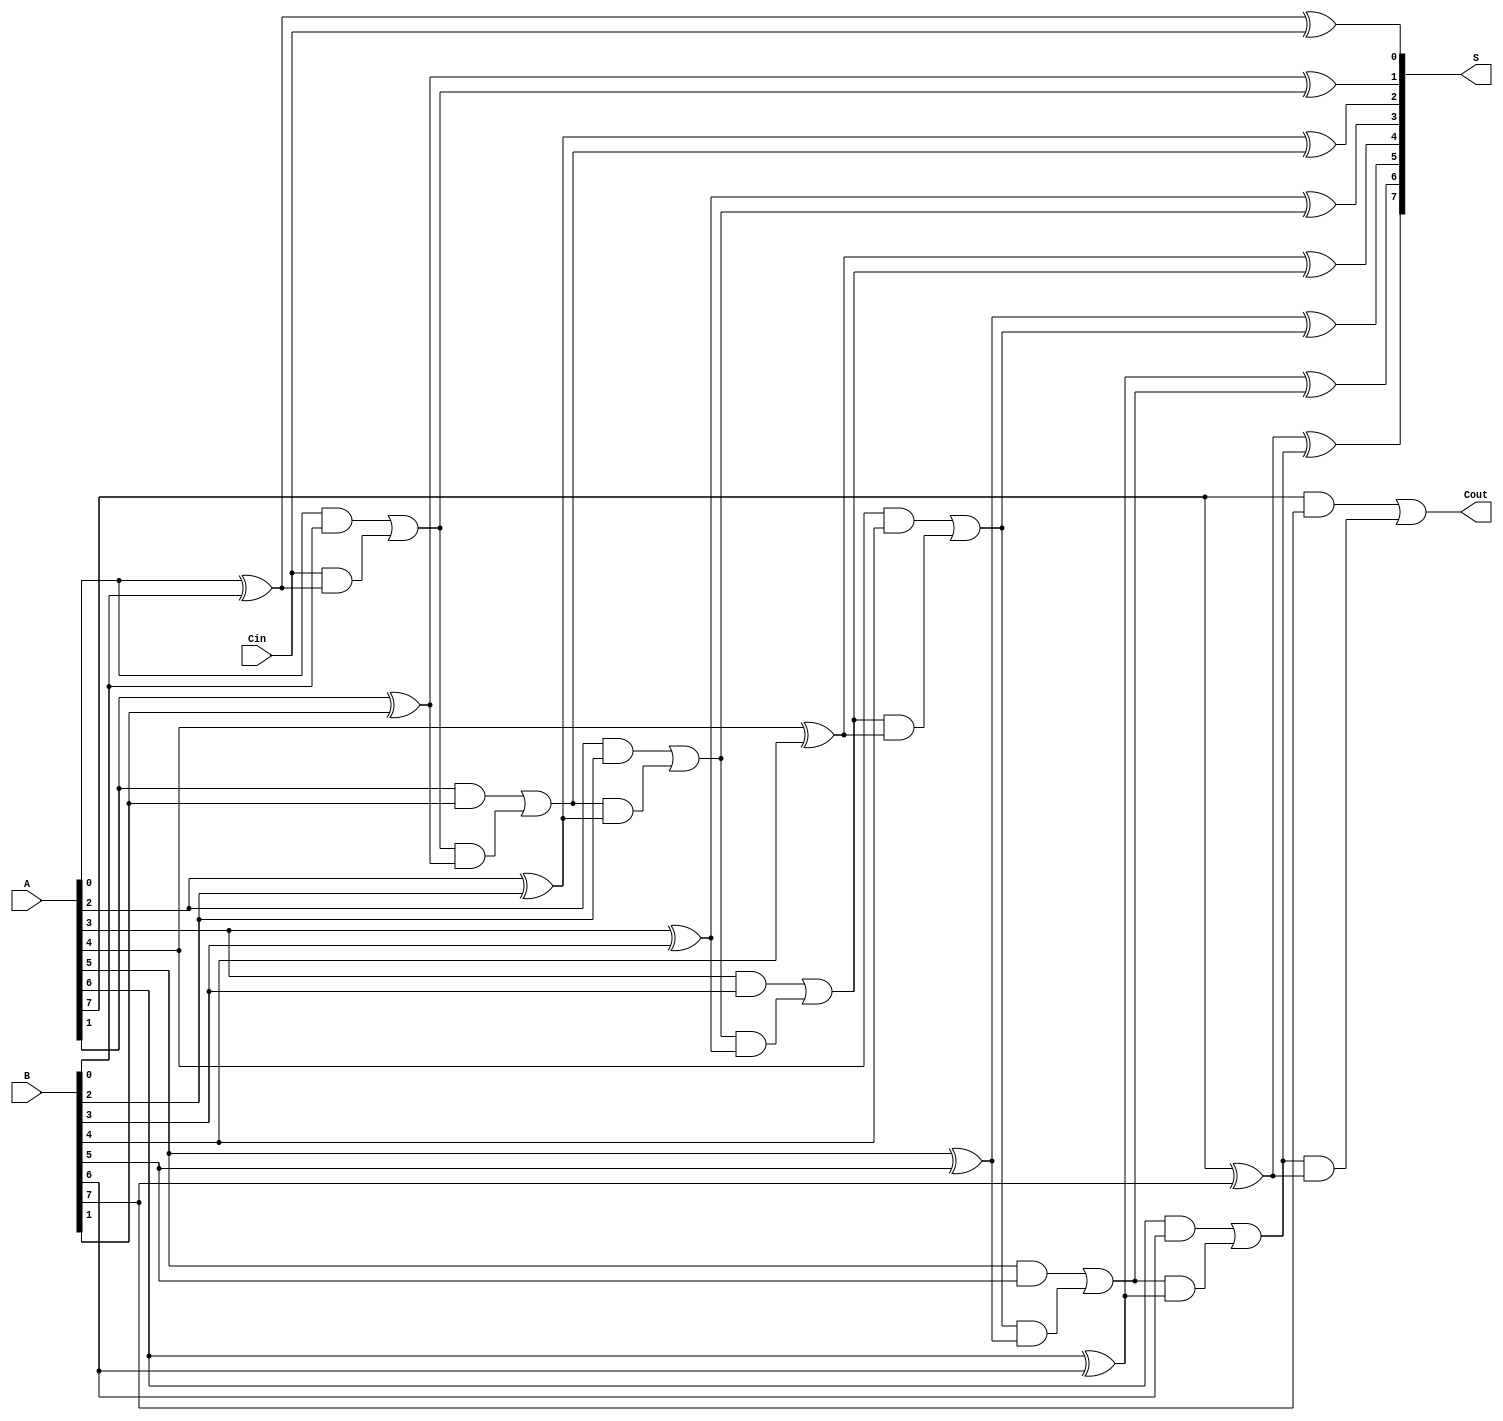
module LingAdder #(parameter n = 8) (
    input  [n-1:0] A,     // First binary number
    input  [n-1:0] B,     // Second binary number
    input           Cin,   // Carry-in bit
    output [n-1:0] S,     // Sum output
    output          Cout    // Carry-out bit
);
    wire [n-1:0] C;       // Carry bits

    // Generate carry and sum for each bit
    generate
        genvar i;
        for (i = 0; i < n; i = i + 1) begin : adder
            if (i == 0) begin
                // For the least significant bit (LSB)
                assign S[i] = A[i] ^ B[i] ^ Cin;
                assign C[i] = (A[i] & B[i]) | (Cin & (A[i] ^ B[i]));
            end else begin
                // For other bits
                assign S[i] = A[i] ^ B[i] ^ C[i-1];
                assign C[i] = (A[i] & B[i]) | (C[i-1] & (A[i] ^ B[i]));
            end
        end
    endgenerate

    // Final carry-out
    assign Cout = C[n-1];

endmodule